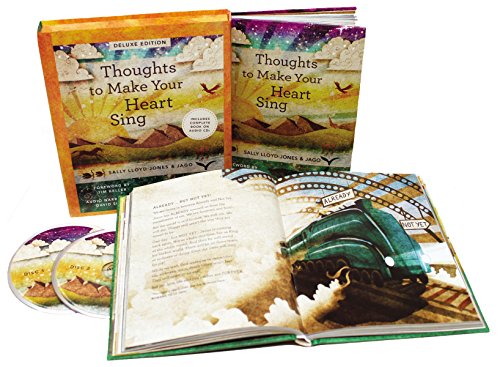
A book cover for Thoughts to Make Your Heart Sing Deluxe Edition; Sally Lloyd-Jones; Christian Books & Bibles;